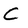
Character: C